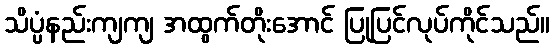
သိပ္ပံနည်းကျကျ အထွက်တိုးအောင် ပြုပြင်လုပ်ကိုင်သည်။